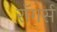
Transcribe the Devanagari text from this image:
रॉगर्स